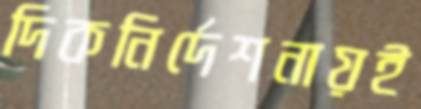
দিকনির্দেশনায়ই